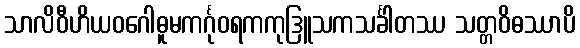
သာလိဝီဟိယဝဂေါဓူမကင်္ဂုဝရကကုဒြူသကသင်္ခါတဿ သတ္တဝိဓဿာပိ